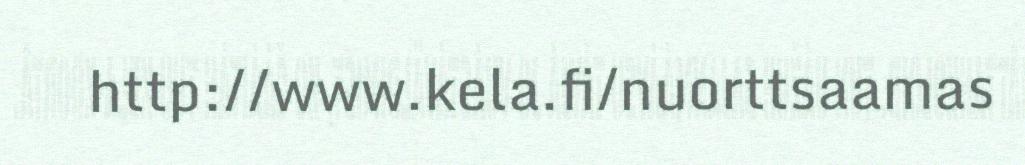
http://www.kela.fi/nuorttsaamas